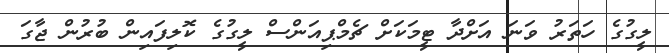
ލީގުގެ ހަތަރު ވަނަ އަށްދާ ޓީމަކަށް ޗެމްޕިއަންސް ލީގުގެ ކޮލިފައިން ބުރުން ޖާގަ